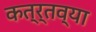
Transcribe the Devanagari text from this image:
कत्र्तव्या